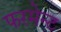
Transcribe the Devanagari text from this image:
फरमेन्ट